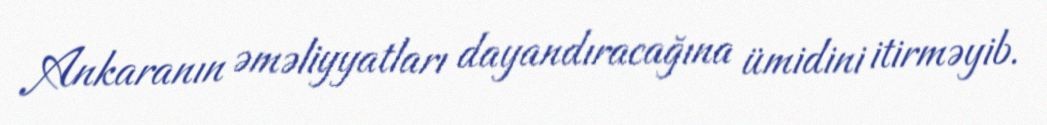
Ankaranın əməliyyatları dayandıracağına ümidini itirməyib.